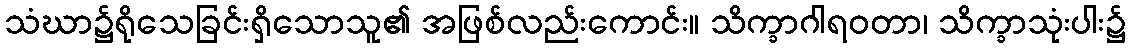
သံဃာ၌ရိုသေခြင်းရှိသောသူ၏ အဖြစ်လည်းကောင်း။ သိက္ခာဂါရဝတာ၊ သိက္ခာသုံးပါး၌